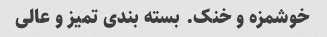
خوشمزه و خنک. بسته بندی تمیز و عالی